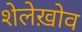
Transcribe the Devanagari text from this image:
शेलेख़ोव